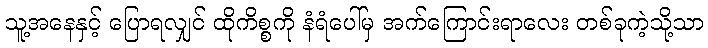
သူ့အနေနှင့် ပြောရလျှင် ထိုကိစ္စကို နံရံပေါ်မှ အက်ကြောင်းရာလေး တစ်ခုကဲ့သို့သာ